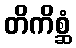
တိကိစ္ဆံ